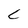
Character: C